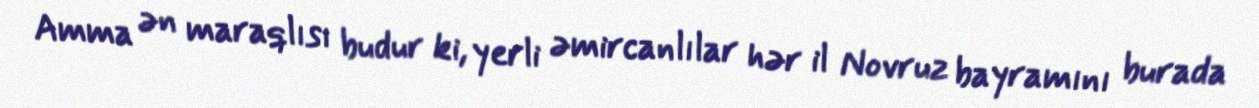
Amma ən maraqlısı budur ki, yerli əmircanlılar hər il Novruz bayramını burada